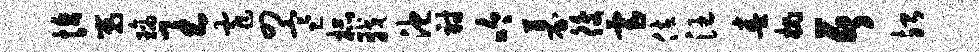
恰嵬璃王窄四寒杯戟池射吟募後虐佐汪春槐居殆